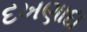
દખણાદા